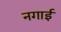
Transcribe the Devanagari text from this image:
नगाई